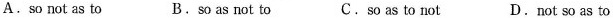
A.so not as to B.so as not to C.so as to not D.not so as to